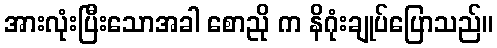
အားလုံးပြီးသောအခါ စောညို က နိဂုံးချုပ်ပြောသည်။